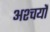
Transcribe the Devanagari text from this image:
अश्चर्यों